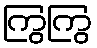
ကြွကြွ